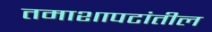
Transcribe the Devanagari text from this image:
तमाशापटांतील